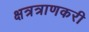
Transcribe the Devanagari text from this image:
क्षत्रत्राणकरी